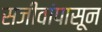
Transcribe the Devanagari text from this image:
सजीवांपासून